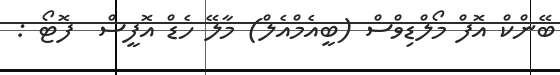
ބޭންކް އޮފް މޯލްޑިވްސް (ބީއެމްއެލް) މާލޭ ހެޑް އޮފީސް  ފޮޓޯ :